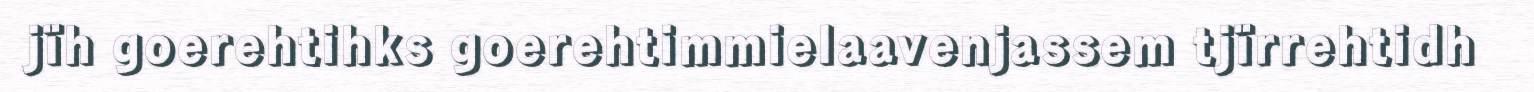
jïh goerehtihks goerehtimmielaavenjassem tjïrrehtidh